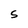
Character: S